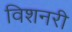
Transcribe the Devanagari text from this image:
विशनरी